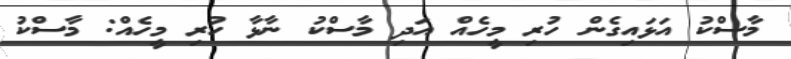
މާސްކު އަޅައިގެން ހުރި މީހެއް އަދި މާސްކު ނާޅާ ހުރި މީހެއް: މާސްކު